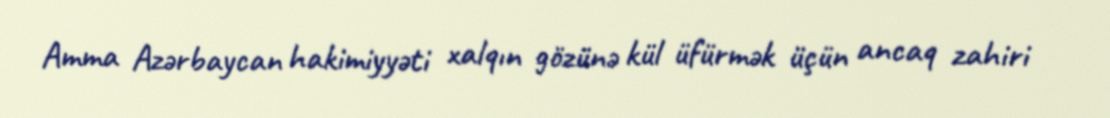
Amma Azərbaycan hakimiyyəti xalqın gözünə kül üfürmək üçün ancaq zahiri